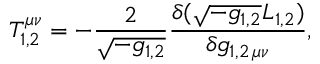
{ \cal T } _ { 1 , 2 } ^ { \mu \nu } = - { \frac { 2 } { \sqrt { - g _ { 1 , 2 } } } } { \frac { \delta ( \sqrt { - g _ { 1 , 2 } } { \cal L } _ { 1 , 2 } ) } { \delta g _ { 1 , 2 \, \mu \nu } } } ,